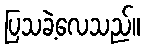
ပြသခဲ့လေသည်။